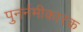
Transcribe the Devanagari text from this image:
पुनर्नमीकारक